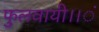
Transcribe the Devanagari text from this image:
फुलवायी।।ं